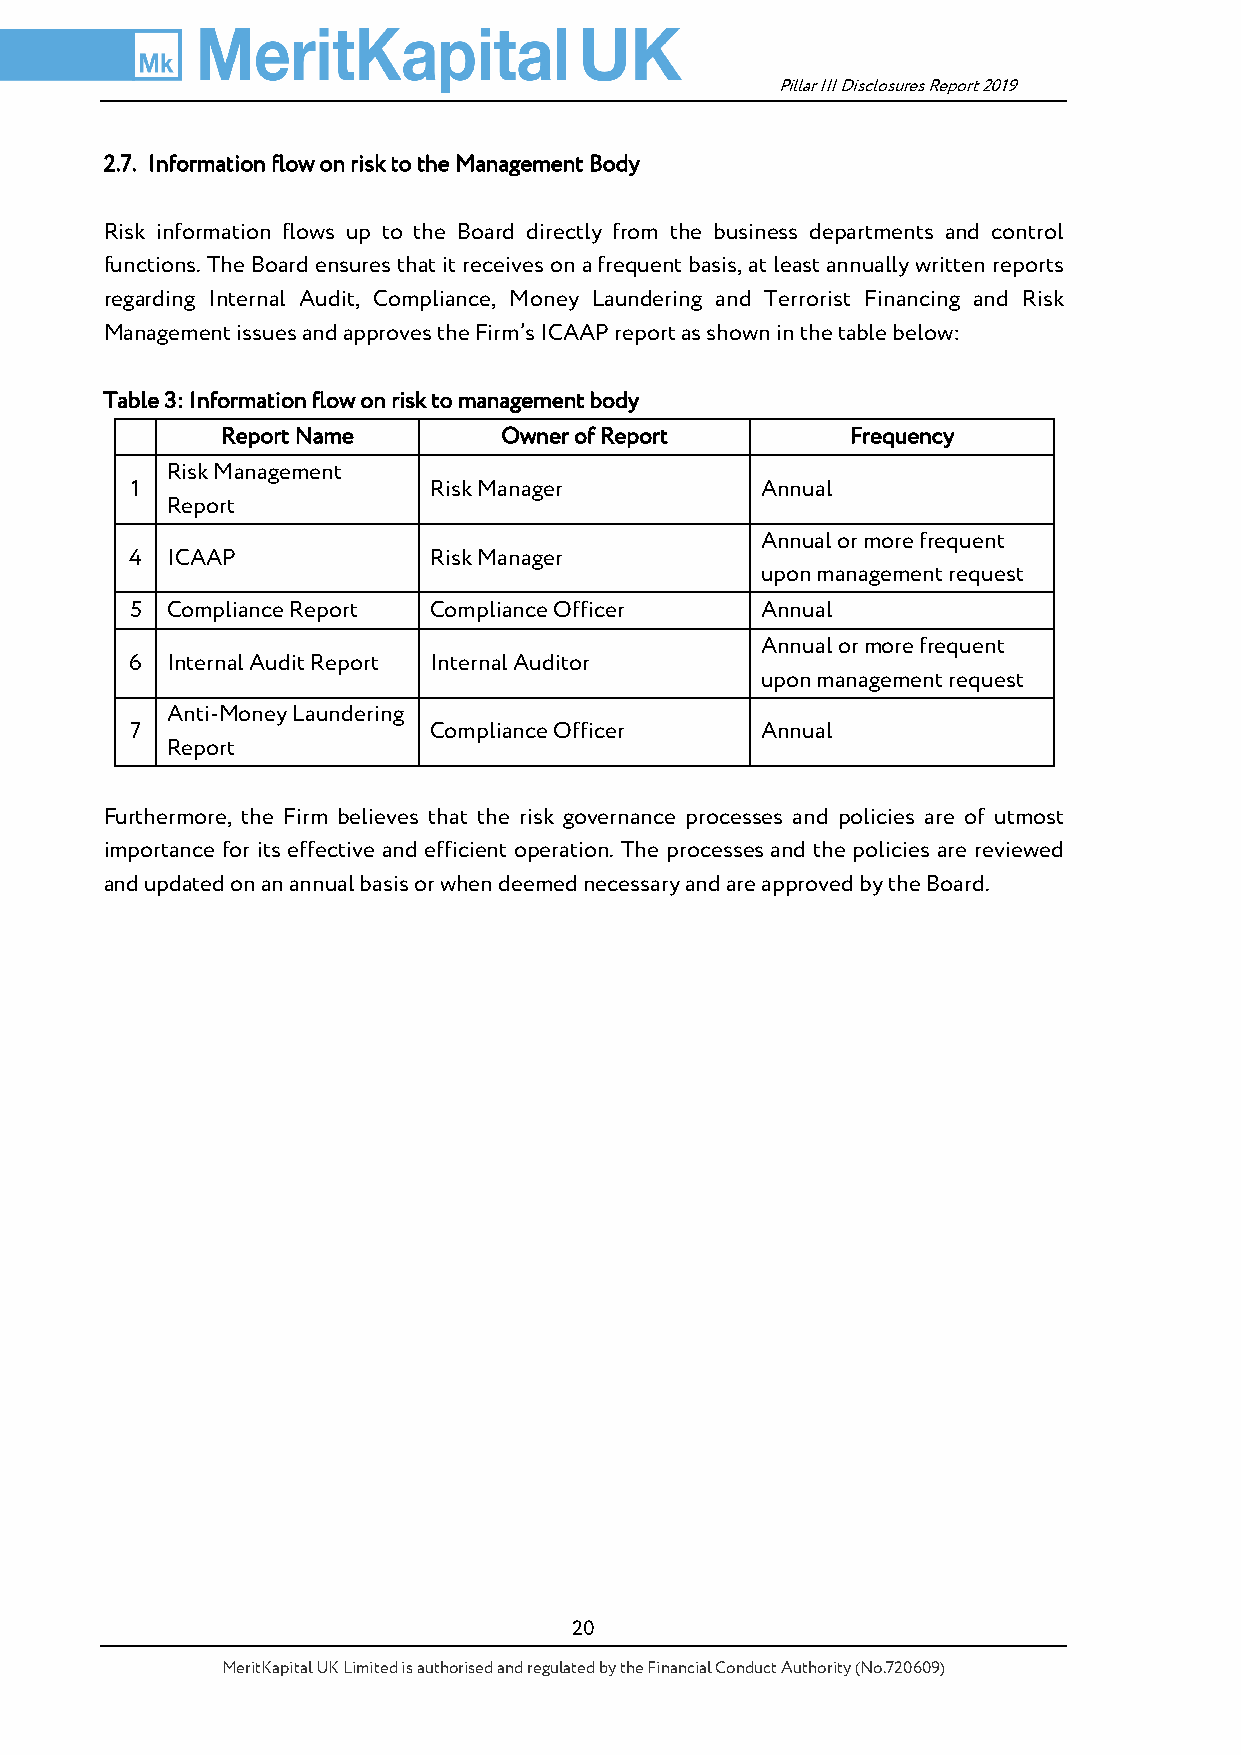
Pillar III Disclosures Report 2019
 2.7. Information flow on risk to the Management Body
 Risk information flows up to the Board directly from the business departments and control
 functions. The Board ensures that it receives on a frequent basis, at least annually written reports
 regarding Internal Audit, Compliance, Money Laundering and Terrorist Financing and Risk
 Management issues and approves the Firm’s ICAAP report as shown in the table below:
 Table 3: Information flow on risk to management body
 Report Name       Owner of Report        Frequency
 Risk Management
 1                  Risk Manager          Annual
 Report
 Annual or more frequent
 4 ICAAP            Risk Manager
 upon management request
 5 Compliance Report Compliance Officer   Annual
 Annual or more frequent
 6 Internal Audit Report Internal Auditor
 upon management request
 Anti-Money Laundering
 7                  Compliance Officer    Annual
 Report
 Furthermore, the Firm believes that the risk governance processes and policies are of utmost
 importance for its effective and efficient operation. The processes and the policies are reviewed
 and updated on an annual basis or when deemed necessary and are approved by the Board.
 20
 MeritKapital UK Limited is authorised and regulated by the Financial Conduct Authority (No.720609)